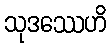
သုဒဿေဟိ